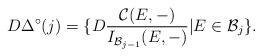
LaTeX: \begin{align*} D\Delta^{\circ}(j)=\{D \frac{\mathcal{C}(E,-)}{I_{\mathcal{B}_{j-1}}(E,-)}|E\in\mathcal{B}_j\}. \end{align*}